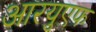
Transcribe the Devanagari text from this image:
आरयुएफ